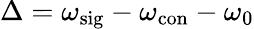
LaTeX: \Delta=\omega_{\mathrm{sig}}-\omega_{\mathrm{con}}-\omega_{0}